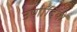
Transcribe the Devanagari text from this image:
उणादियों